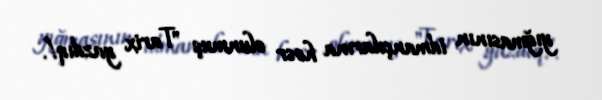
yığmasının idmançılarına həsr olunmuş "Tarix yazdıq!.